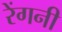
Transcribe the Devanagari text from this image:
रेंगनी